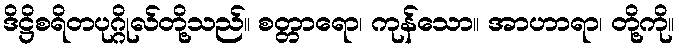
ဒိဋ္ဌိစရိတပုဂ္ဂိုလ်တို့သည်။ စတ္တာရော၊ ကုန်သော။ အာဟာရာ၊ တို့ကို။